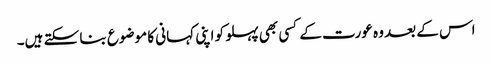
اس کے بعد وہ عورت کے کسی بھی پہلو کو اپنی کہانی کا موضوع بنا سکتے ہیں۔